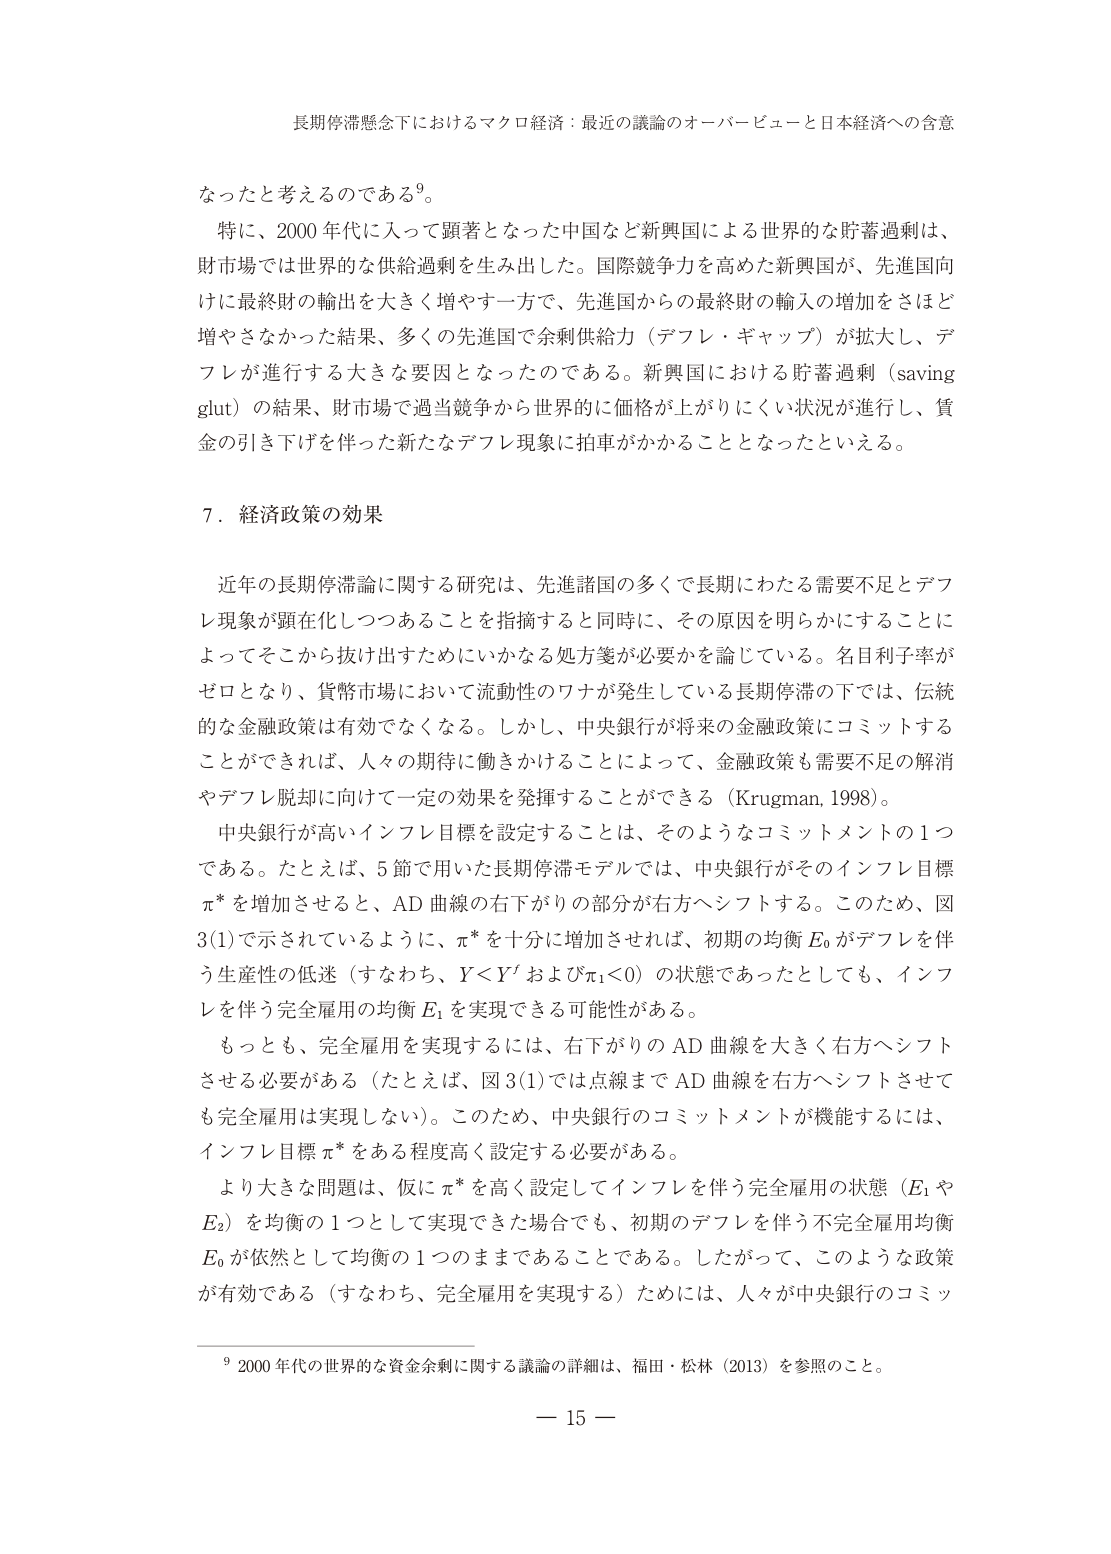
長期停滞懸念下におけるマクロ経済：最近の議論のオーバービューと日本経済への含意

なったと考えるのである⁹。

特に、2000年代に入って顕著となった中国など新興国による世界的な貯蓄過剰は、
財市場では世界的な供給過剰を生み出した。国際競争力を高めた新興国が、先進国向
けに最終財の輸出を大きく増やす一方で、先進国からの最終財の輸入の増加をさほど
増やさなかった結果、多くの先進国で余剰供給力（デフレ・ギャップ）が拡大し、デ
フレが進行する大きな要因となったのである。新興国における貯蓄過剰（saving
glut）の結果、財市場で過当競争から世界的に価格が上がりにくい状況が進行し、賃
金の引き下げを伴った新たなデフレ現象に拍車がかかることとなったといえる。

7．経済政策の効果

近年の長期停滞論に関する研究は、先進諸国の多くで長期にわたる需要不足とデフ
レ現象が顕在化しつつあることを指摘すると同時に、その原因を明らかにすることに
よってそこから抜け出すためにいかなる処方箋が必要かを論じている。名目利子率が
ゼロとなり、貨幣市場において流動性のワナが発生している長期停滞の下では、伝統
的な金融政策は有効でなくなる。しかし、中央銀行が将来の金融政策にコミットする
ことができれば、人々の期待に働きかけることによって、金融政策も需要不足の解消
やデフレ脱却に向けて一定の効果を発揮することができる（Krugman, 1998）。

中央銀行が高いインフレ目標を設定することは、そのようなコミットメントの1つ
である。たとえば、5節で用いた長期停滞モデルでは、中央銀行がそのインフレ目標
π*を増加させると、AD曲線の右下がりの部分が右方へシフトする。このため、図
3(1)で示されているように、π*を十分に増加させれば、初期の均衡E₀がデフレを伴
う生産性の低迷（すなわち、Y＜Y'およびπ₁＜0）の状態であったとしても、インフ
レを伴う完全雇用の均衡E₁を実現できる可能性がある。

もっとも、完全雇用を実現するには、右下がりのAD曲線を大きく右方へシフト
させる必要がある（たとえば、図3(1)では点線までAD曲線を右方へシフトさせて
も完全雇用は実現しない）。このため、中央銀行のコミットメントが機能するには、
インフレ目標π*をある程度高く設定する必要がある。

より大きな問題は、仮にπ*を高く設定してインフレを伴う完全雇用の状態（E₁や
E₂）を均衡の1つとして実現できた場合でも、初期のデフレを伴う不完全雇用均衡
E₀が依然として均衡の1つのままであることである。したがって、このような政策
が有効である（すなわち、完全雇用を実現する）ためには、人々が中央銀行のコミッ

⁹ 2000年代の世界的な資金余剰に関する議論の詳細は、福田・松林（2013）を参照のこと。

— 15 —